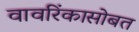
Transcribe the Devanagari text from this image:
वावरिंकासोबत